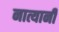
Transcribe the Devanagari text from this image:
नात्यानी